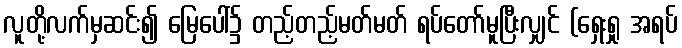
လူတို့လက်မှဆင်း၍ မြေပေါ်၌ တည့်တည့်မတ်မတ် ရပ်တော်မူပြီးလျှင် (ရှေးရှု အရပ်